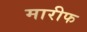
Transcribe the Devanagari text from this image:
मारीफ